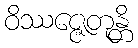
ဝိဿဇ္ဇေတုန္တိ